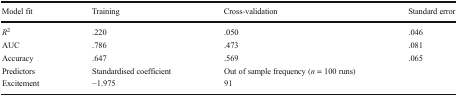
| Model fit | Training | Cross-validation | Standard error |
 | --- | --- | --- | --- |
 | R2 | .220 | .050 | .046 |
 | AUC | .786 | .473 | .081 |
 | Accuracy | .647 | .569 | .065 |
 | Predictors | Standardised coefficient | Out of sample frequency (n = 100 runs) |  |
 | Excitement | −1.975 | 91 |  |